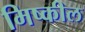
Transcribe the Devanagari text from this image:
मिष्कील